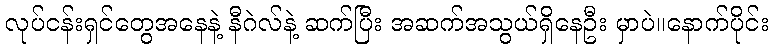
လုပ်ငန်းရှင်တွေအနေနဲ့ နီဂဲလ်နဲ့ ဆက်ပြီး အဆက်အသွယ်ရှိနေဦး မှာပဲ။နောက်ပိုင်း